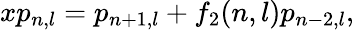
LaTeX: xp_{n,l}=p_{n+1,l}+f_{2}(n,l)p_{n-2,l},